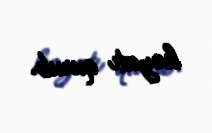
həyatı qurub.